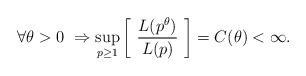
LaTeX: \begin{align*} \forall \theta > 0 \ \Rightarrow \sup_{p \ge 1} \left[ \ \frac{L(p^{\theta})}{L(p)} \ \right] = C(\theta) < \infty.\end{align*}